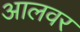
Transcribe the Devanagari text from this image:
आलवर